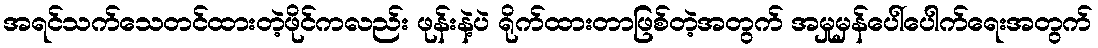
အရင်သက်သေတင်ထားတဲ့ဖိုင်ကလည်း ဖုန်းနဲ့ပဲ ရိုက်ထားတာဖြစ်တဲ့အတွက် အမှုမှန်ပေါ်ပေါက်ရေးအတွက်